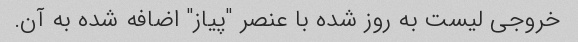
خروجی لیست به روز شده با عنصر "پیاز" اضافه شده به آن.